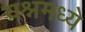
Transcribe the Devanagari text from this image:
यश्नमध्ये